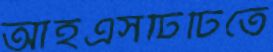
আইএসটিটিতে